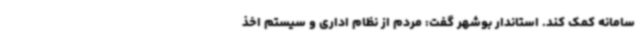
سامانه کمک کند. استاندار بوشهر گفت: مردم از نظام اداری و سیستم اخذ